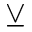
\veebar